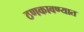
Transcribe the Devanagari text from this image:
ठणकावण्यात